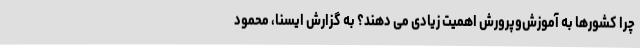
چرا کشورها به آموزش‌وپرورش اهمیت زیادی می دهند؟ به گزارش ایسنا، محمود